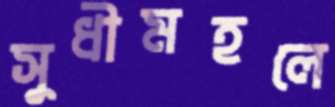
সুধীমহলে